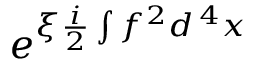
e ^ { \xi \frac { i } 2 \int f ^ { 2 } d ^ { \, 4 } x }